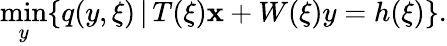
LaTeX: \operatorname*{min}_{y}\{ q(y,\xi)\, |\, T(\xi)\mathbf{x}+W(\xi)y=h(\xi)\} .